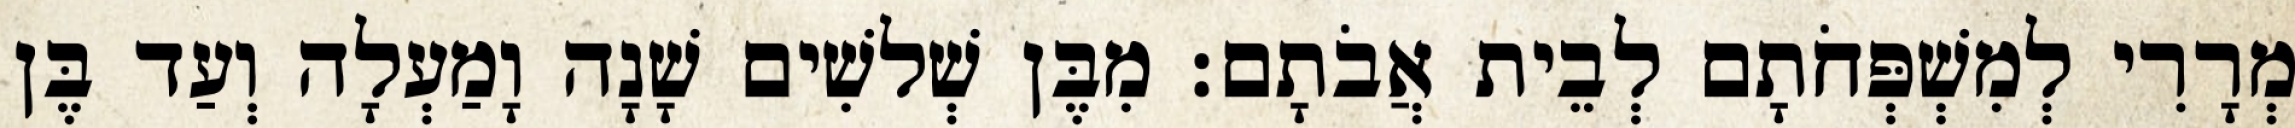
מְרָרִי לְמִשְׁפְּחֹתָם לְבֵית אֲבֹתָם׃ מִבֶּן שְׁלשִׁים שָׁנָה וָמַעְלָה וְעַד בֶּן